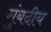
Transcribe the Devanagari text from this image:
गुंबदीय